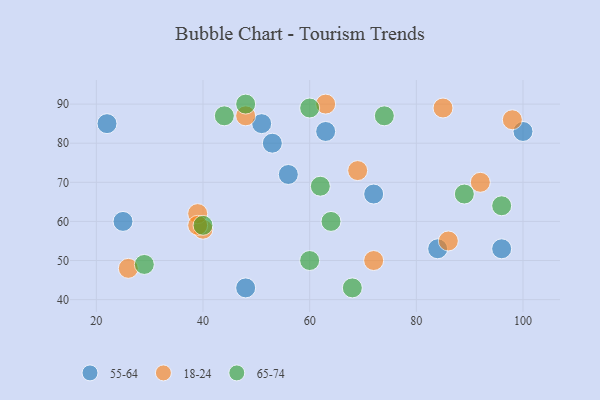
{"axis": {"x": "GDP", "y": "Life Expectancy"}, "legend": ["18-24", "55-64", "65-74"], "data": [{"x": "63", "y": 83, "type": "55-64"}, {"x": "96", "y": 53, "type": "55-64"}, {"x": "53", "y": 80, "type": "55-64"}, {"x": "72", "y": 67, "type": "55-64"}, {"x": "100", "y": 83, "type": "55-64"}, {"x": "25", "y": 60, "type": "55-64"}, {"x": "84", "y": 53, "type": "55-64"}, {"x": "22", "y": 85, "type": "55-64"}, {"x": "56", "y": 72, "type": "55-64"}, {"x": "51", "y": 85, "type": "55-64"}, {"x": "48", "y": 43, "type": "55-64"}, {"x": "48", "y": 87, "type": "18-24"}, {"x": "85", "y": 89, "type": "18-24"}, {"x": "86", "y": 55, "type": "18-24"}, {"x": "72", "y": 50, "type": "18-24"}, {"x": "98", "y": 86, "type": "18-24"}, {"x": "40", "y": 58, "type": "18-24"}, {"x": "92", "y": 70, "type": "18-24"}, {"x": "69", "y": 73, "type": "18-24"}, {"x": "63", "y": 90, "type": "18-24"}, {"x": "39", "y": 62, "type": "18-24"}, {"x": "26", "y": 48, "type": "18-24"}, {"x": "39", "y": 59, "type": "18-24"}, {"x": "89", "y": 67, "type": "65-74"}, {"x": "60", "y": 50, "type": "65-74"}, {"x": "40", "y": 59, "type": "65-74"}, {"x": "29", "y": 49, "type": "65-74"}, {"x": "68", "y": 43, "type": "65-74"}, {"x": "60", "y": 89, "type": "65-74"}, {"x": "44", "y": 87, "type": "65-74"}, {"x": "96", "y": 64, "type": "65-74"}, {"x": "48", "y": 90, "type": "65-74"}, {"x": "62", "y": 69, "type": "65-74"}, {"x": "74", "y": 87, "type": "65-74"}, {"x": "64", "y": 60, "type": "65-74"}]}